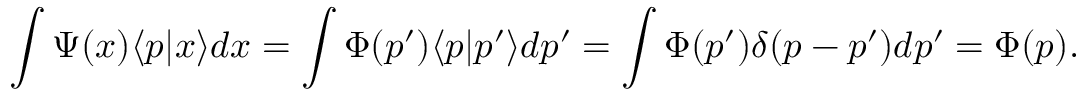
\int \Psi ( x ) \langle p | x \rangle d x = \int \Phi ( p ^ { \prime } ) \langle p | p ^ { \prime } \rangle d p ^ { \prime } = \int \Phi ( p ^ { \prime } ) \delta ( p - p ^ { \prime } ) d p ^ { \prime } = \Phi ( p ) .